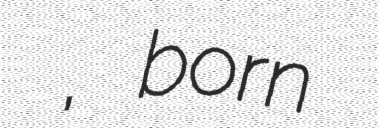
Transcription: ארי אנקוריון, born